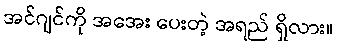
အင်ဂျင်ကို အအေး ပေးတဲ့ အရည် ရှိလား။